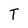
Character: T